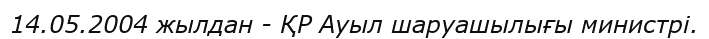
14.05.2004 жылдан - ҚР Ауыл шаруашылығы министрі.